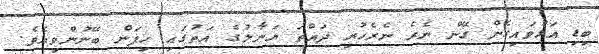
ބިޑި އަޅުވައިގެން ގޭން ނެރެ ނެރެހުރި ދައްތަ ޔަނާލުގެ އަތުގައި ހިފަން ބޭނުންވިއެވެ.